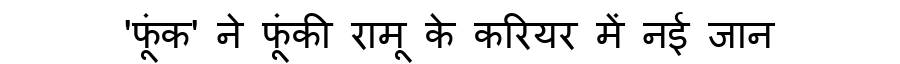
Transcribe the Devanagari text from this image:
'फूंक' ने फूंकी रामू के करियर में नई जान